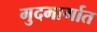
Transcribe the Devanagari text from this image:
गुदमार्गात